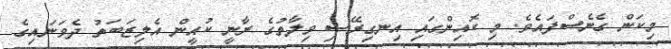
މިކަން ގެނެސްފައެވެ. މި ކޮއިންގައި އިނގިރޭސި ވިލާތުގެ ރާނީ ކުއީން އެލިޒަބަތު ދެވަނައިގެ